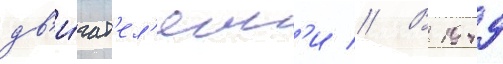
дв'и́гат'ел'ям'и // В 1949